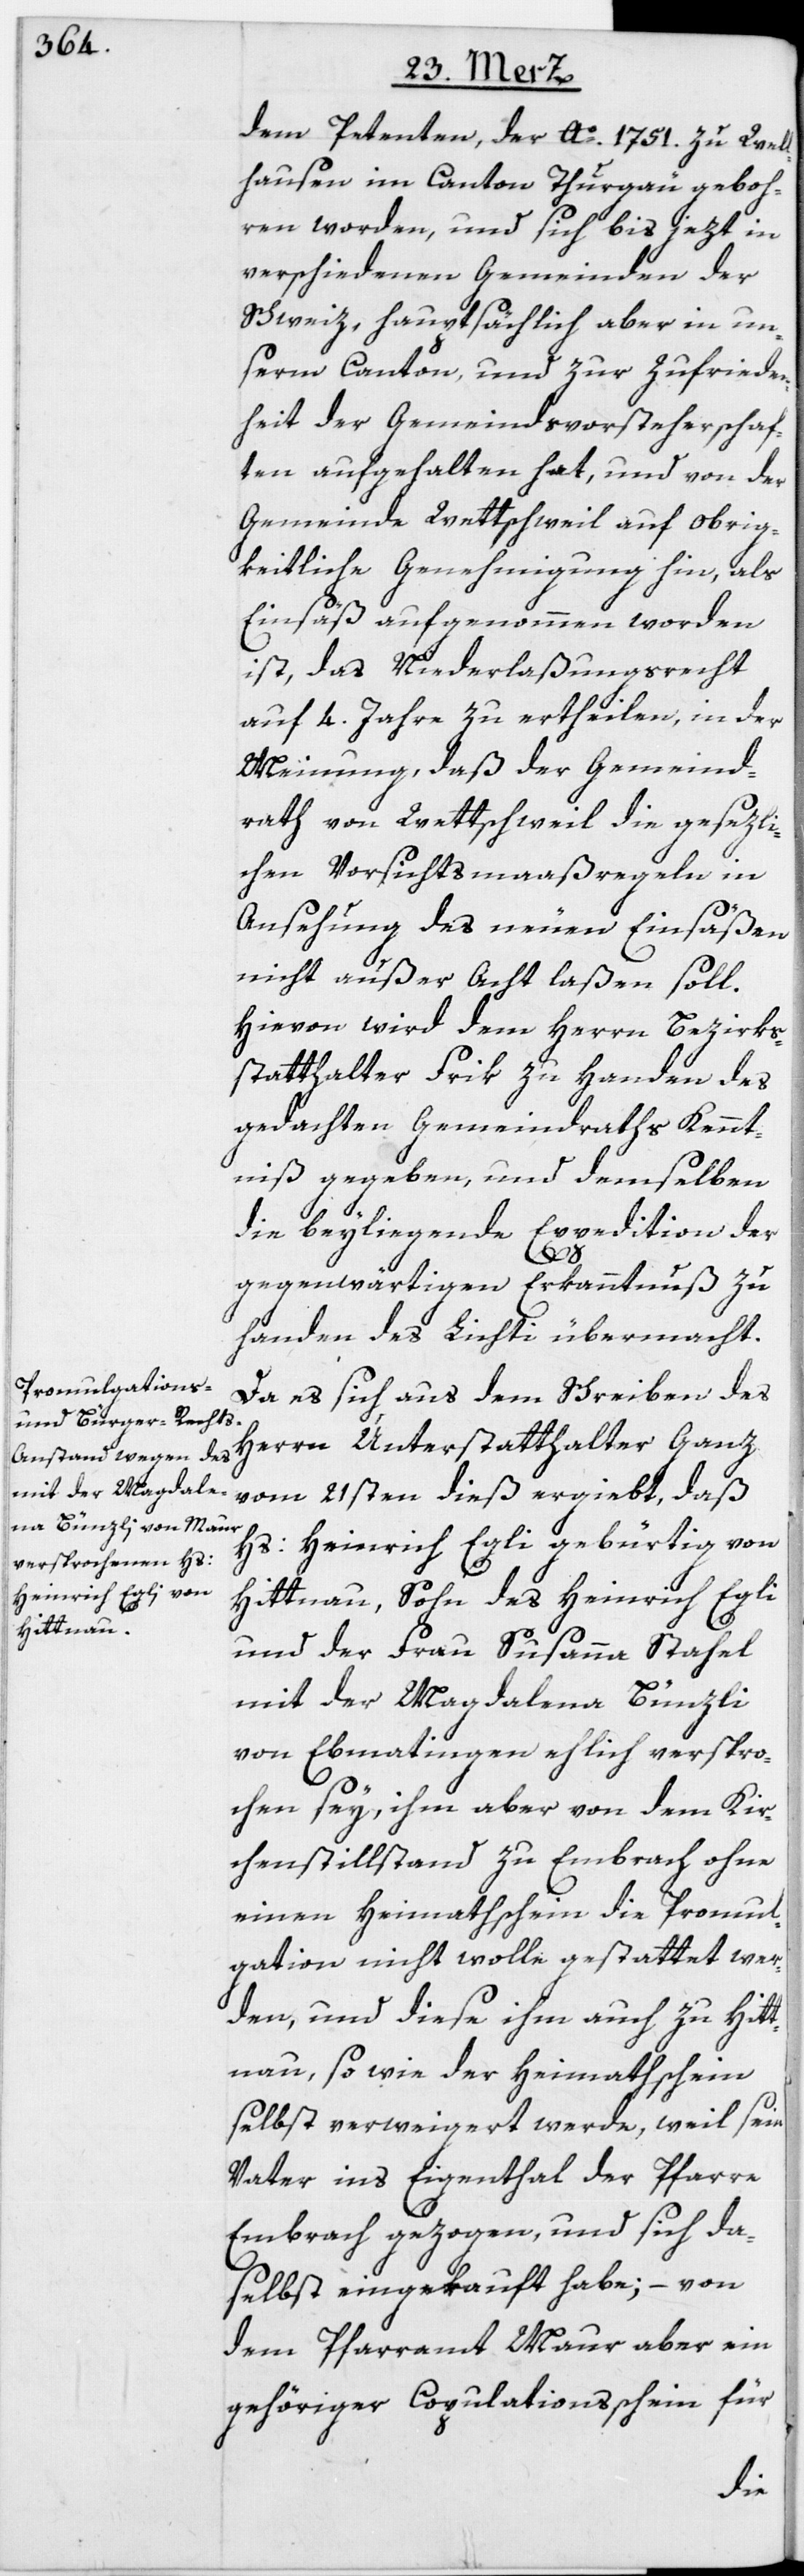
dem Petenten, der Ao. 1751. zu Wel¬
lhausen im Canton Thurgau geboh¬
ren worden, und sich bis jezt in
verschiedenen Gemeinden der
Schweiz, hauptsächlich aber in un¬
serm Canton, und zur Zufrieden¬
heit der Gemeindsvorsteherschaf¬
ten aufgehalten hat, und von der
Gemeinde Wettschweil auf Obrig¬
keitliche Genehmigung hin, als
Einsäß aufgenommen worden
ist, das Niederlaßungsrecht
auf 4. Jahre zu ertheilen, in der
Meinung, daß der Gemeind¬
rath von Wettschweil die gesezli¬
chen Vorsichtsmaaßregeln in
Ansehung des neuen Einsäßen
nicht außer Acht laßen soll.
Hievon wird dem Herrn Bezirks¬
statthalter Frik zu Handen des
gedachten Gemeindraths Kennt¬
niß gegeben, und demselben
die beyliegende Expedition der
gegenwärtigen Erkanntnuß zu
Handen des Lichti übermacht.
Da es sich aus dem Schreiben des
Herrn Unterstatthalter Ganz
vom 21sten dieß ergiebt, daß
Hs: Heinrich Egli gebürtig von
Hittnau, Sohn des Heinrich Egli
und der Frau Susanna Stahel
mit der Magdalena Bünzli
von Ebmatingen ehlich verspro¬
chen sey, ihm aber von dem Kir¬
chenstillstand zu Embrach ohne
einen Heimathschein die Promul¬
gation nicht wolle gestattet wer¬
den, und diese ihm auch zu Hitt¬
nau, so wie der Heimathschein
selbst verweigert werde, weil sein
Vater ins Eigenthal der Pfarre
Embrach gezogen, und sich da¬
selbst eingekauft habe; – von
dem Pfarramt Maur aber ein
gehöriger Copulationsschein für